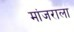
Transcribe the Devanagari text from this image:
मांजराला